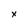
Character: x